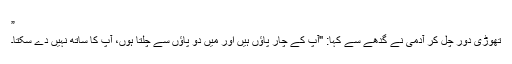
”
تھوڑی دُور چل کر آدمی نے گدھے سے کہا: "آپ کے چار پاؤں ہیں اور میں دو پاؤں سے چلتا ہوں، آپ کا ساتھ نہیں دے سکتا۔